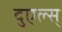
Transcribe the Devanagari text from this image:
दुएल्स्